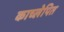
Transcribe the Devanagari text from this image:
काच्लेपित